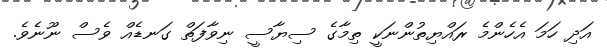
އަދި ހަމަ އެހެންމެ ރައްޔިތުންނަކީ ތިމާގެ ސިޔާސީ ނިވާފަތް ގަނޑެއް ވެސް ނޫނެވެ.